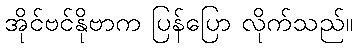
အိုင်ဗင်နိုဗာက ပြန်ပြော လိုက်သည်။